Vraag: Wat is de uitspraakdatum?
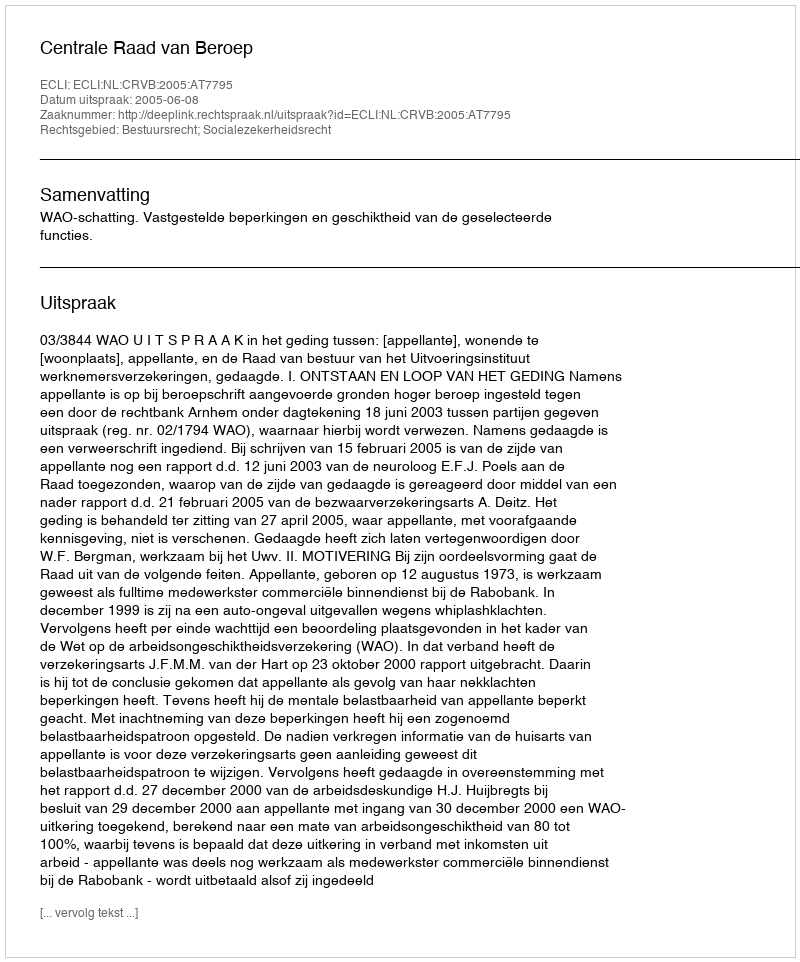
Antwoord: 2005-06-08